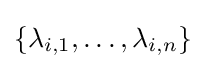
\{\lambda _{i,1},\dots ,\lambda _{i,n}\}